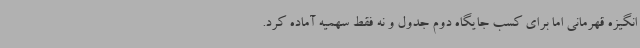
انگیزه قهرمانی اما برای کسب جایگاه دوم جدول و نه فقط سهمیه آماده کرد.